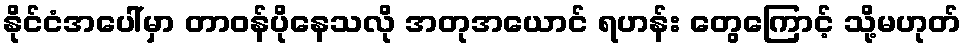
နိုင်ငံအပေါ်မှာ တာဝန်ပိုနေသလို အတုအယောင် ရဟန်း တွေကြောင့် သို့မဟုတ်